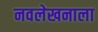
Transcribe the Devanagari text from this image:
नवलेखनाला